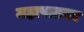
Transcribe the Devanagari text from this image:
महापातका